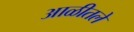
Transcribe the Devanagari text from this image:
आळीतले